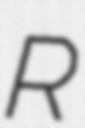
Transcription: R